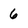
Character: 6